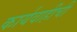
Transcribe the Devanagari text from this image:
कार्यवाहीची